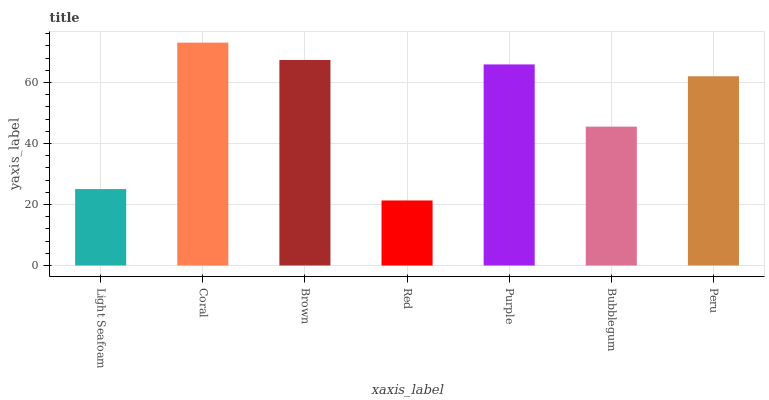
| xaxis_label | bars |
 | --- | --- |
 | Light Seafoam | 25.1 |
 | Coral | 73.1 |
 | Brown | 67.4 |
 | Red | 21.3 |
 | Purple | 65.9 |
 | Bubblegum | 45.5 |
 | Peru | 62 |